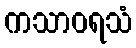
ကသာဝရသံ